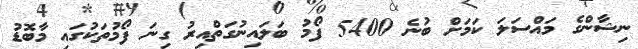
ނިޝާންގެ މައްސަލަ ކަމަށް ބުނެ 5400 ފޯމު ބަލައިނުގަތްއިރު ގިނަ ފޯމުތަކުގައި މާބޮޑު